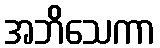
အဘိသေကာ